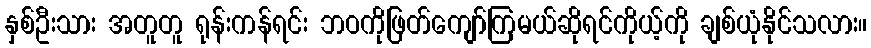
နှစ်ဦးသား အတူတူ ရုန်းကန်ရင်း ဘဝကိုဖြတ်ကျော်ကြမယ်ဆိုရင်ကိုယ့်ကို ချစ်ယုံနိုင်သလား။